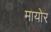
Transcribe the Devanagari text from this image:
मायोर